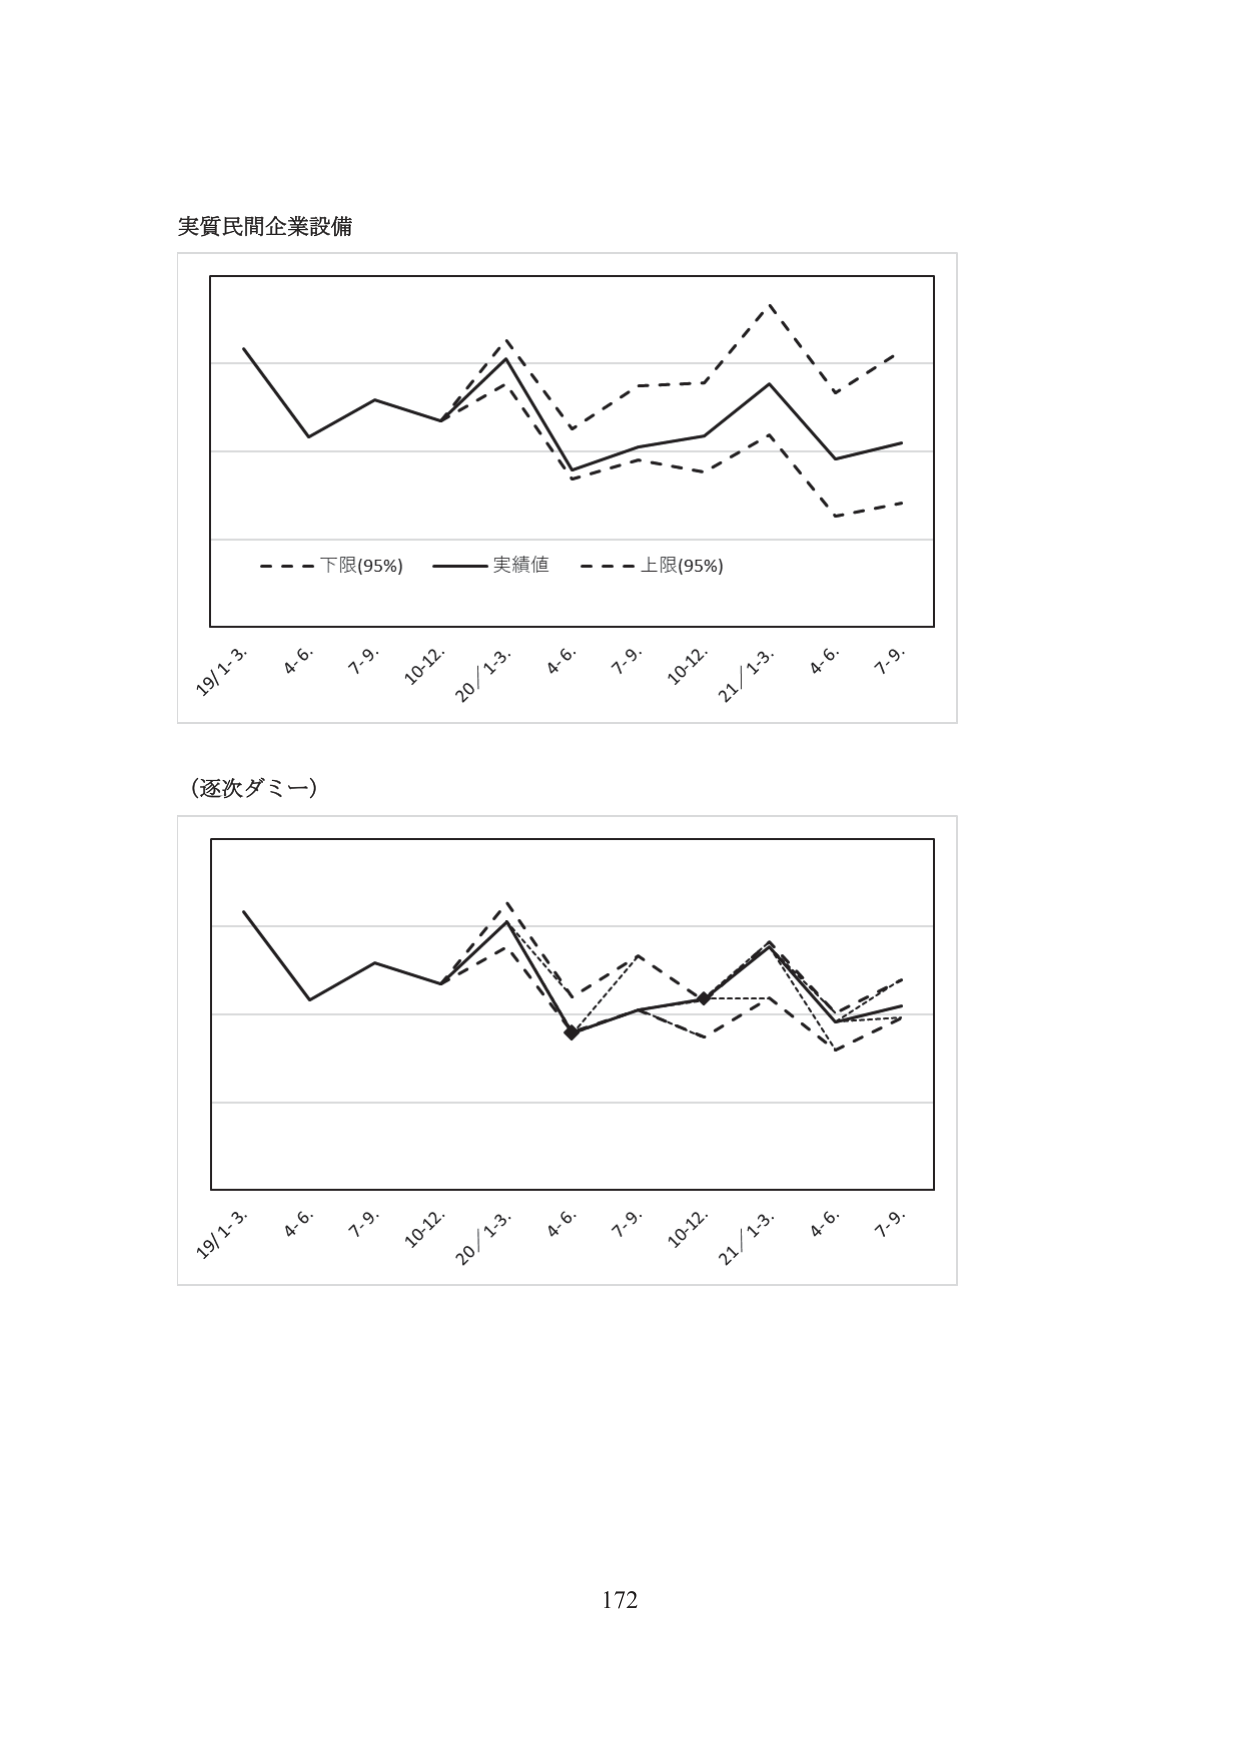
実質民間企業設備

- - - 下限(95%) —— 実績値 - - - 上限(95%)

19/1-3. 4.6. 7-9. 10-12. 20/1-3. 4.6. 7-9. 10-12. 21/1-3. 4.6. 7-9.

（逐次ダミー）

19/1-3. 4.6. 7-9. 10-12. 20/1-3. 4.6. 7-9. 10-12. 21/1-3. 4.6. 7-9.

172